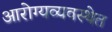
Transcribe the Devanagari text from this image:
आरोग्यव्यवस्थेत